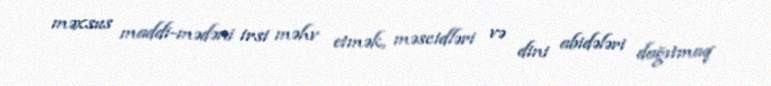
məxsus maddi-mədəni irsi məhv etmək, məscidləri və dini abidələri dağıtmaq